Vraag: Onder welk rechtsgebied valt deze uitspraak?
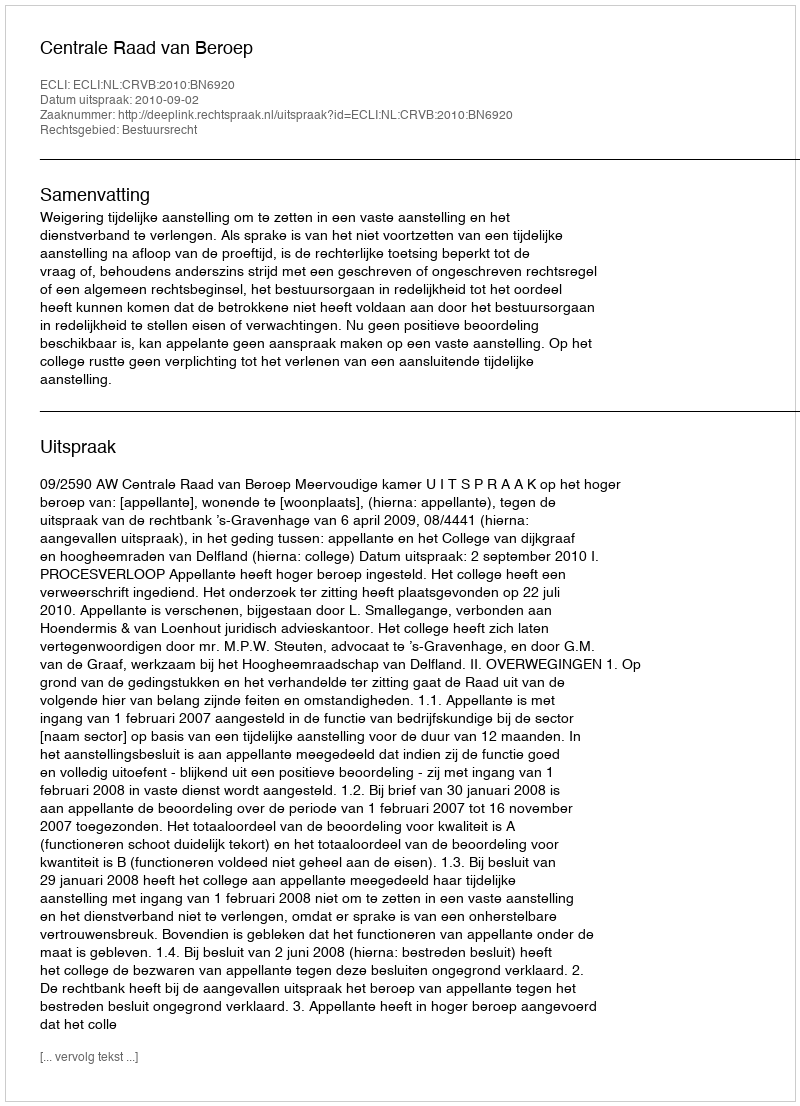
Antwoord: Bestuursrecht